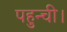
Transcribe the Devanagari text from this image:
पहुन्ची।